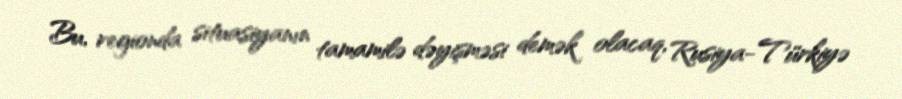
Bu, regionda situasiyanın tamamilə dəyişməsi demək olacaq, Rusiya-Türkiyə